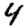
Digit: 4